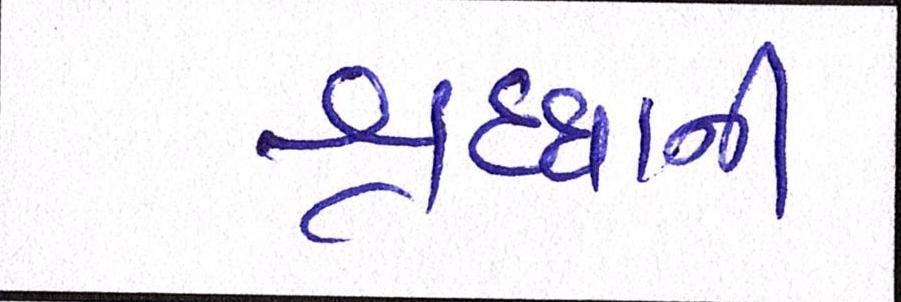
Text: શ્રદ્ધાની